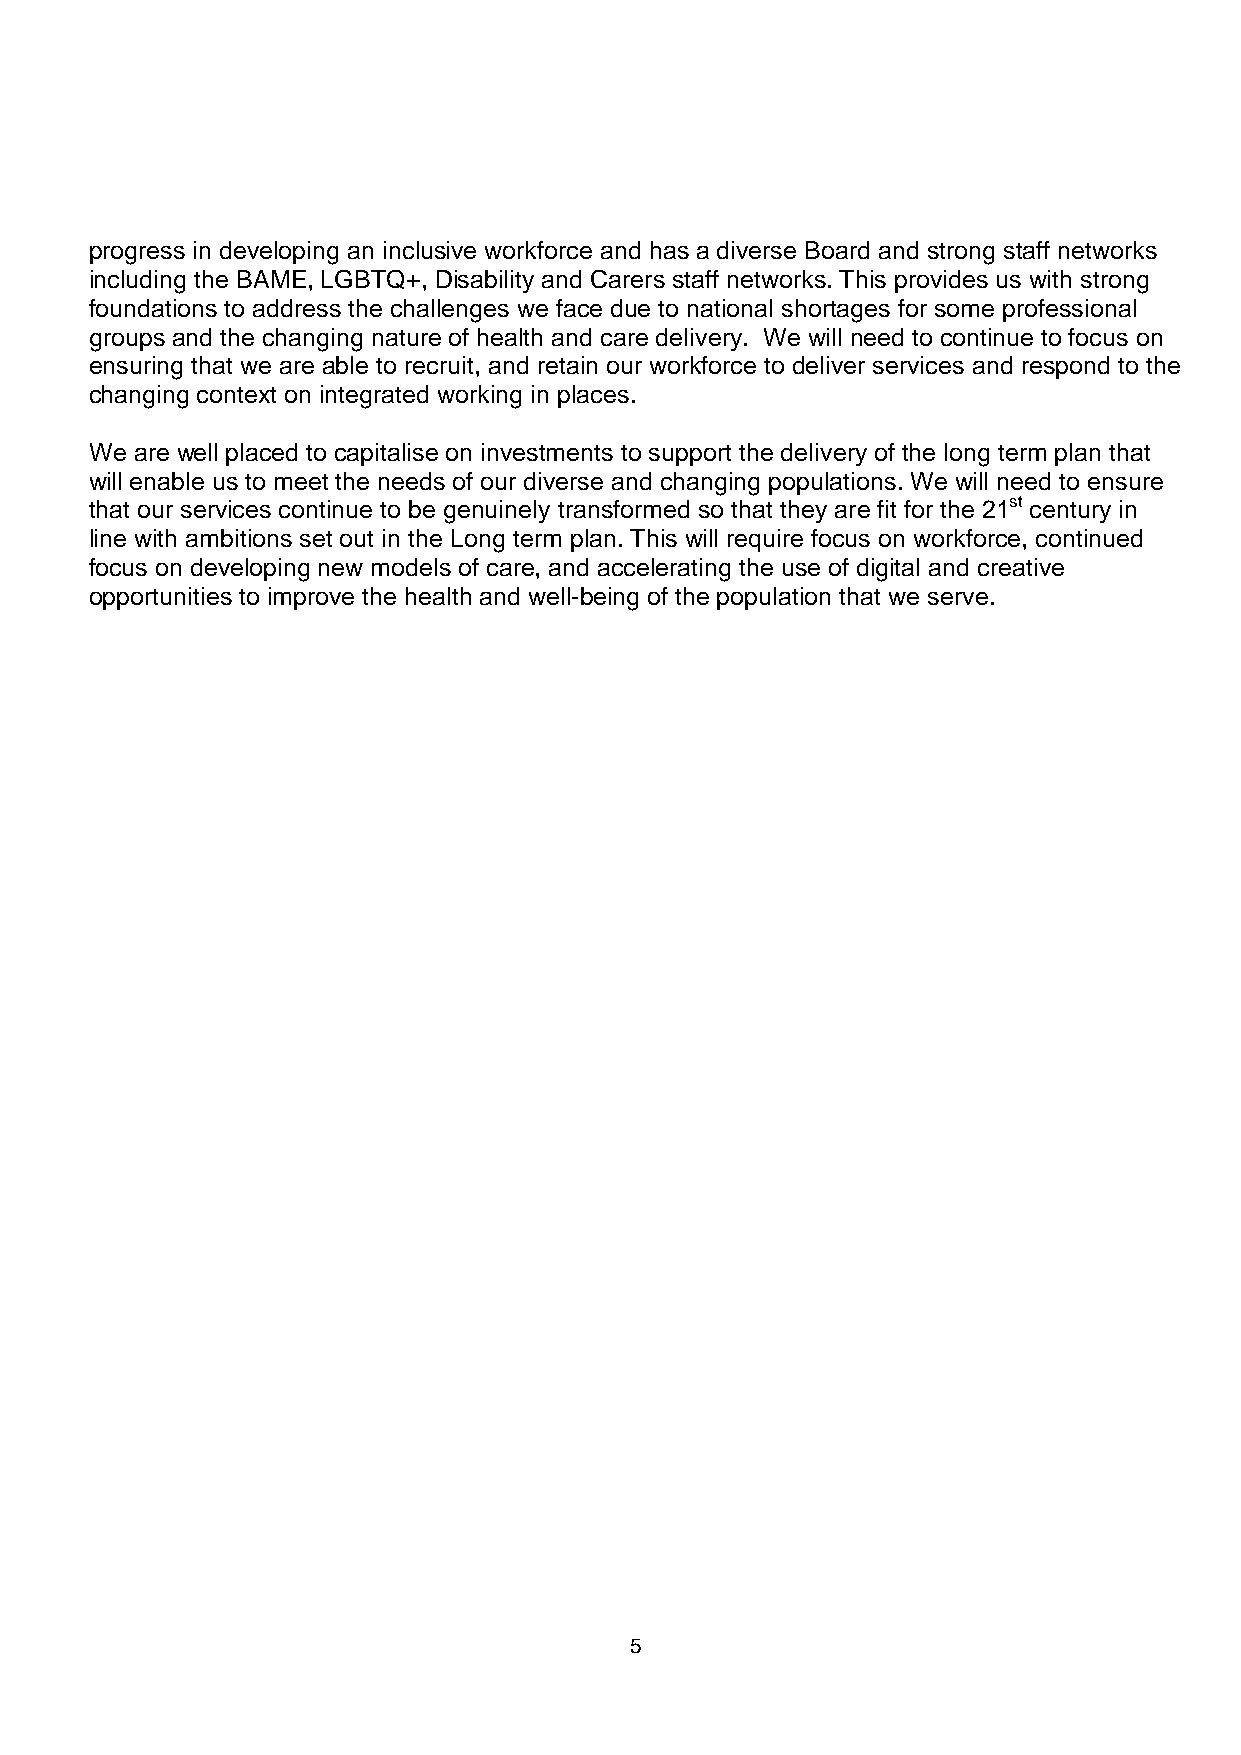
progress in developing an inclusive workforce and has a diverse Board and strong staff networks
 including the BAME, LGBTQ+, Disability and Carers staff networks. This provides us with strong
 foundations to address the challenges we face due to national shortages for some professional
 groups and the changing nature of health and care delivery. We will need to continue to focus on
 ensuring that we are able to recruit, and retain our workforce to deliver services and respond to the
 changing context on integrated working in places.
 We are well placed to capitalise on investments to support the delivery of the long term plan that
 will enable us to meet the needs of our diverse and changing populations. We will need to ensure
 that our services continue to be genuinely transformed so that they are fit for the 21st century in
 line with ambitions set out in the Long term plan. This will require focus on workforce, continued
 focus on developing new models of care, and accelerating the use of digital and creative
 opportunities to improve the health and well-being of the population that we serve.
 5